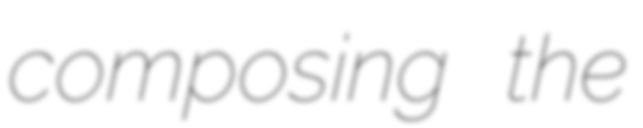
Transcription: composing the